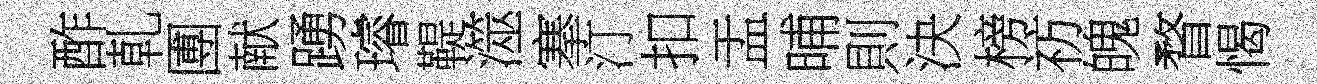
酢乹圑献踴璿鞮澨搴汀扣盂晡則決榜祊魄瞀愒